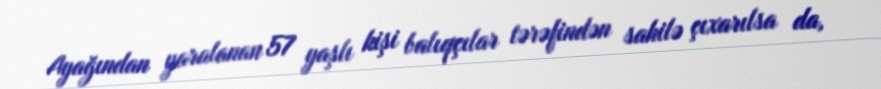
Ayağından yaralanan 57 yaşlı kişi balıqçılar tərəfindən sahilə çıxarılsa da,